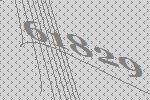
61829